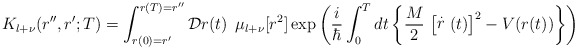
\begin{align*}K_{l+\nu}(r'',r';T)=\int_{ r(0) = r'}^{ r(T)=r'' }{\cal D} r(t) \,\; \mu_{l+ \nu} [r^{2}]\exp \left(\frac{i}{\hbar} \int_{0}^{T}dt\left\{\frac{M}{2} \, \left[ \stackrel{.}{r} (t) \right]^{2}-V(r(t))\right\}\right)\; \end{align*}